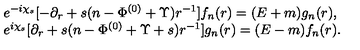
\begin{array} { l } { e ^ { - i \chi _ { s } } [ - \partial _ { r } + s ( n - \Phi ^ { ( 0 ) } + \Upsilon ) r ^ { - 1 } ] f _ { n } ( r ) = ( E + m ) g _ { n } ( r ) , } \\ { e ^ { i \chi _ { s } } [ \partial _ { r } + s ( n - \Phi ^ { ( 0 ) } + \Upsilon + s ) r ^ { - 1 } ] g _ { n } ( r ) = ( E - m ) f _ { n } ( r ) . } \\ \end{array}